Report of an investigation in regard to the prevalence of stegomyia and other mosquitoes in Karachi, and the measures necessary for their control
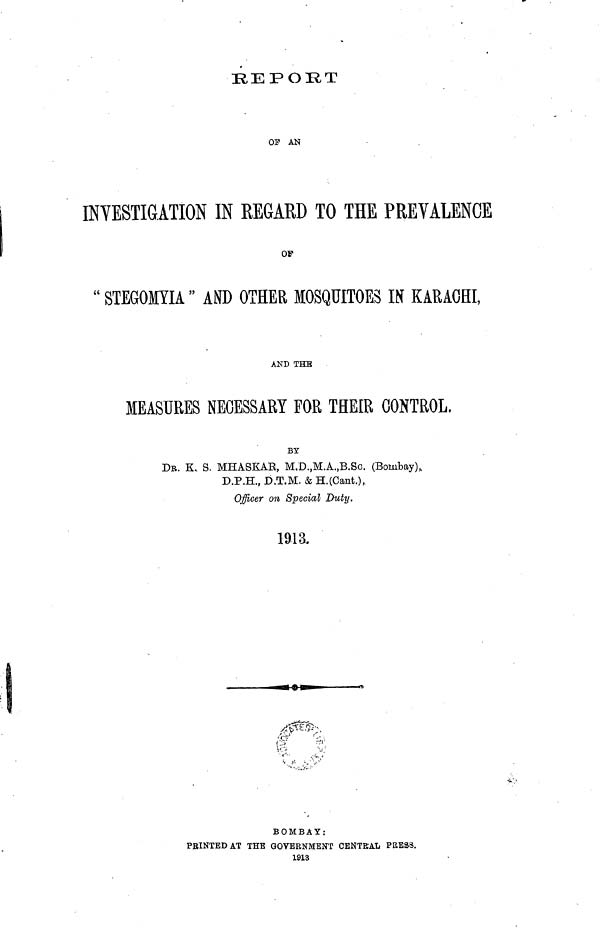
REPORT
OF AN
INVESTIGATION IN REGARD TO THE PREVALENCE
OF
" STEGOMYIA" AND OTHER MOSQUITOES IN KARACHI,
AND THE
MEASURES NECESSARY FOR THEIR CONTROL.
BY
DR. K. S. MHASKAR, M.D.,M.A.,B.SC. (Bombay).
D.P.H., D.T.M. & H.(Cant.),
Officer on Special Duty.
1913.
BOMBAY:
PRINTED AT THE GOVERNMENT CENTRAL PRESS.
1913